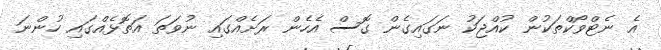
އެ ނެޓްވޯކްތަކުން ކުއްޖަކު ނަގައިގެން ގޮސް އެހެން ރަށެއްގައި ނުވަތަ އަތޮޅެއްގައި ހުންނަ